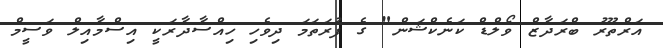
އަރްތޫރު ބްރަދާޒް ވޯލްޑް ކަނެކްޝަން" ގެ ފުރަތަމަ ދިވެހި ހިއްސާދާރަކީ އިސްމާއިލް ވަސީމް